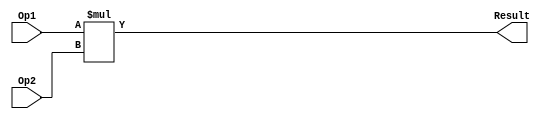
module Multiplier (Op1, Op2, Result);
    parameter EM = 4, EN = 2;
    input [EM:1] Op1;
    input [EN:1] Op2;
    output [EM+EN:1] Result;
    assign Result = Op1 * Op2;

endmodule